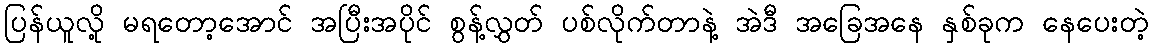
ပြန်ယူလို့ မရတော့အောင် အပြီးအပိုင် စွန့်လွှတ် ပစ်လိုက်တာနဲ့ အဲဒီ အခြေအနေ နှစ်ခုက နေပေးတဲ့